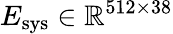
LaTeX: E_{\mathrm{sys}}\in\mathbb{R}^{512\times 38}